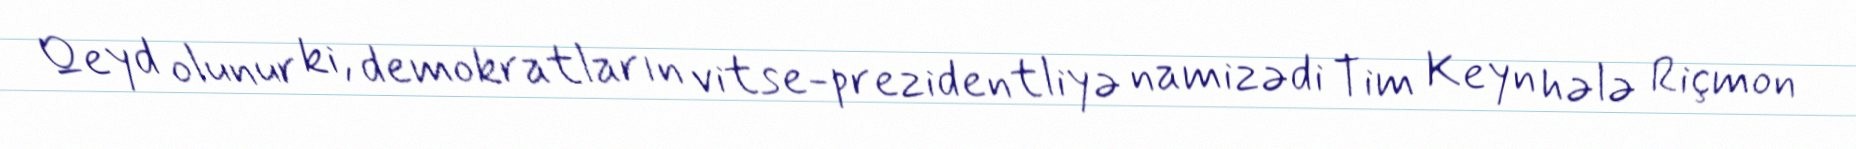
Qeyd olunur ki, demokratların vitse-prezidentliyə namizədi Tim Keyn hələ Riçmon